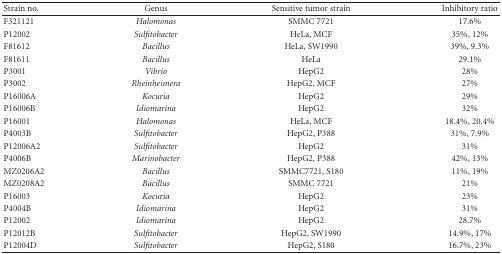
<table><thead><tr><td><b>Strain no.</b></td><td><b>Genus</b></td><td><b>Sensitive tumor strain</b></td><td><b>Inhibitory ratio</b></td></tr></thead><tbody><tr><td>F321121</td><td><i>Halomonas</i></td><td>SMMC 7721</td><td>17.6%</td></tr><tr><td>P12002</td><td><i>Sulfitobacter</i></td><td>HeLa, MCF</td><td>35%, 12%</td></tr><tr><td>F81612</td><td><i>Bacillus</i></td><td>HeLa, SW1990</td><td>39%, 9.3%</td></tr><tr><td>F81611</td><td><i>Bacillus</i></td><td>HeLa</td><td>29.1%</td></tr><tr><td>P3001</td><td><i>Vibrio</i></td><td>HepG2</td><td>28%</td></tr><tr><td>P3002</td><td><i>Rheinheimera</i></td><td>HepG2, MCF</td><td>27%</td></tr><tr><td>P16006A</td><td><i>Kocuria</i></td><td>HepG2</td><td>29%</td></tr><tr><td>P16006B</td><td><i>Idiomarina</i></td><td>HepG2</td><td>32%</td></tr><tr><td>P16001</td><td><i>Halomonas</i></td><td>HeLa, MCF</td><td>18.4%, 20.4%</td></tr><tr><td>P4003B</td><td><i>Sulfitobacter</i></td><td>HepG2, P388</td><td>31%, 7.9%</td></tr><tr><td>P12006A2</td><td><i>Sulfitobacter</i></td><td>HepG2</td><td>31%</td></tr><tr><td>P4006B</td><td><i>Marinobacter</i></td><td>HepG2, P388</td><td>42%, 13%</td></tr><tr><td>MZ0206A2</td><td><i>Bacillus</i></td><td>SMMC7721, S180</td><td>11%, 19%</td></tr><tr><td>MZ0208A2</td><td><i>Bacillus</i></td><td>SMMC 7721</td><td>21%</td></tr><tr><td>P16003</td><td><i>Kocuria</i></td><td>HepG2</td><td>23%</td></tr><tr><td>P4004B</td><td><i>Idiomarina</i></td><td>HepG2</td><td>31%</td></tr><tr><td>P12002</td><td><i>Idiomarina</i></td><td>HepG2</td><td>28.7%</td></tr><tr><td>P12012B</td><td><i>Sulfitobacter</i></td><td>HepG2, SW1990</td><td>14.9%, 17%</td></tr><tr><td>P12004D</td><td><i>Sulfitobacter</i></td><td>HepG2, S180</td><td>16.7%, 23%</td></tr></tbody></table>